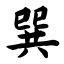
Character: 巽